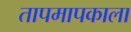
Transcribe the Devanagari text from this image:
तापमापकाला